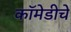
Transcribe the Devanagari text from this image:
कॉमेडीचे